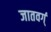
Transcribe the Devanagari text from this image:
जातवर्ग्